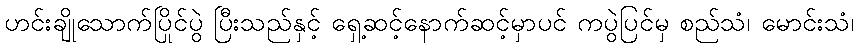
ဟင်းချိုသောက်ပြိုင်ပွဲ ပြီးသည်နှင့် ရှေ့ဆင့်နောက်ဆင့်မှာပင် ကပွဲပြင်မှ စည်သံ၊ မောင်းသံ၊